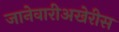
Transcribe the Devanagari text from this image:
जानेवारीअखेरीस